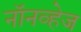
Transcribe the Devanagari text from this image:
नॉनव्हेज